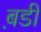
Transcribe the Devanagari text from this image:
ब़डी